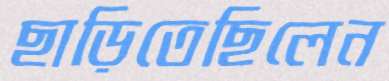
ছাড়িতেছিলেন